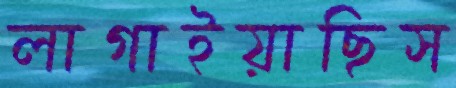
লাগাইয়াছিস